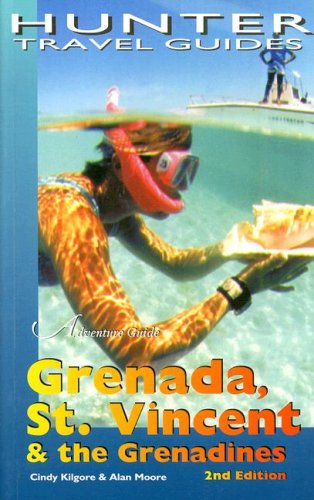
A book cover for Adventure Guide Grenada, St Vincent & Grenadines (Adventure Guide. Grenada, St. Vincent & the Grenadines) (Adventure Guide. Grenada, St. Vincent & the Grenadines); Cindy Brown; Travel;